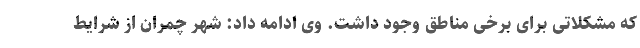
که مشکلاتی برای برخی مناطق وجود داشت. وی ادامه داد: شهر چمران از شرایط